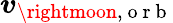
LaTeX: \boldsymbol{v}_{\rightmoon,\mathrm{~o~r~b~}}